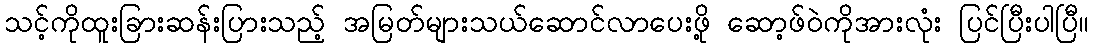
သင့်ကိုထူးခြားဆန်းပြားသည့် အမြတ်များသယ်ဆောင်လာပေးဖို့ ဆော့ဖ်ဝဲကိုအားလုံး ပြင်ပြီးပါပြီ။